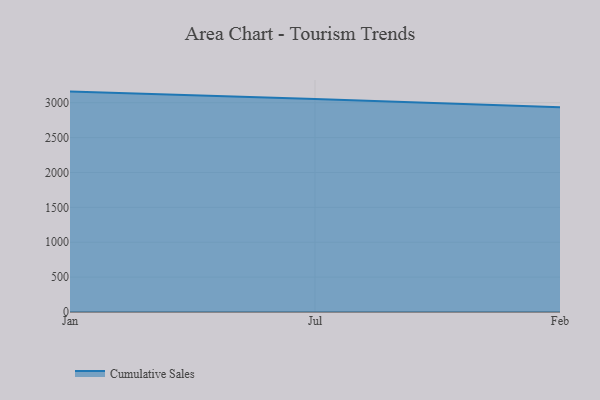
{"axis": {"x": "Month", "y": "Revenue (USD Million)"}, "legend": ["Cumulative Sales"], "data": [{"x": "Jan", "y": 3159.6, "type": "Cumulative Sales"}, {"x": "Jul", "y": 3053.6, "type": "Cumulative Sales"}, {"x": "Feb", "y": 2933.6, "type": "Cumulative Sales"}]}